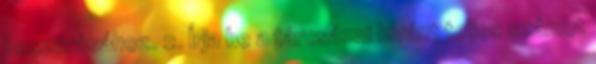
beszúrásához. 2. Írja be a tárcsázni kívánt teljes számot